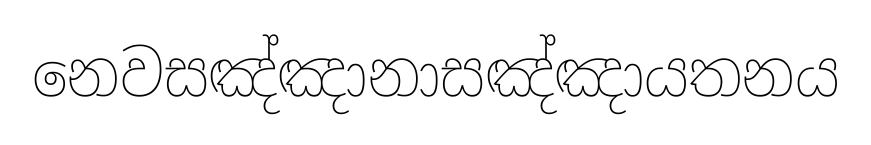
නෙවසඤ්ඤානාසඤ්ඤායතනය